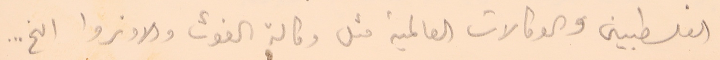
الفلسطبين والوكالات العالمية مثل وكالة الغوث والاونروا الخ..